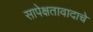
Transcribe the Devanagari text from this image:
सापेक्षतावादाचे